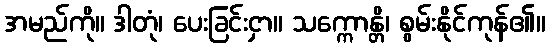
အမည်ကို။ ဒါတုံ၊ ပေးခြင်းငှာ။ သက္ကောန္တိ၊ စွမ်းနိုင်ကုန်၏။